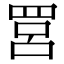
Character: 𦊼